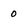
Character: 0